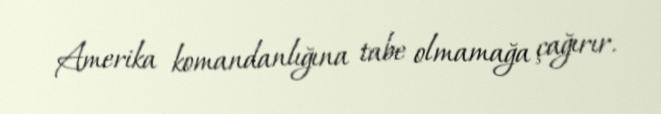
Amerika komandanlığına tabe olmamağa çağırır.